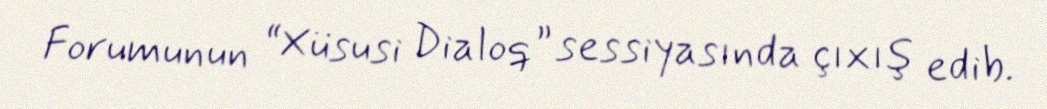
Forumunun “Xüsusi Dialoq” sessiyasında çıxış edib.